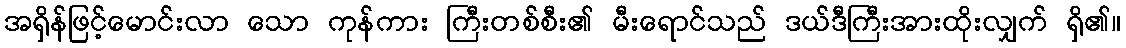
အရှိန်ဖြင့်မောင်းလာ သော ကုန်ကား ကြီးတစ်စီး၏ မီးရောင်သည် ဒယ်ဒီကြီးအားထိုးလျှက် ရှိ၏။